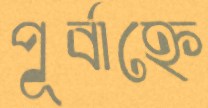
পূর্বাহ্নে